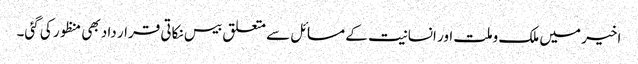
اخیر میں ملک وملت اور انسانیت کے مسائل سے متعلق بیس نکاتی قرار داد بھی منظور کی گئی۔